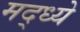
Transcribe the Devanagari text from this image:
मद्ध्ये